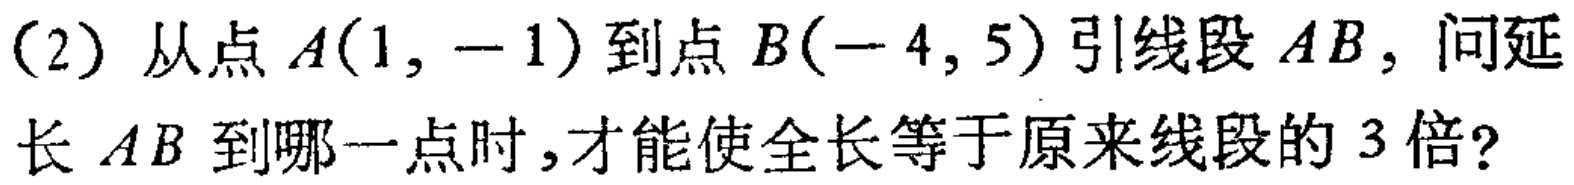
(2) 从点\(A(1, -1)\)到点\(B(-4, 5)\)引线段\(AB\)，问延长\(AB\)到哪一点时，才能使全长等于原来线段的\(3\)倍?